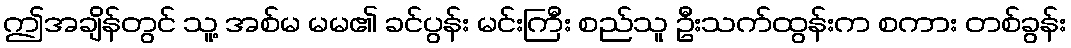
ဤအချိန်တွင် သူ့ အစ်မ မမ၏ ခင်ပွန်း မင်းကြီး စည်သူ ဦးသက်ထွန်းက စကား တစ်ခွန်း